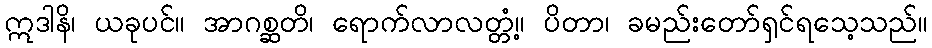
ဣဒါနိ၊ ယခုပင်။ အာဂစ္ဆတိ၊ ရောက်လာလတ္တံ့။ ပိတာ၊ ခမည်းတော်ရှင်ရသေ့သည်။